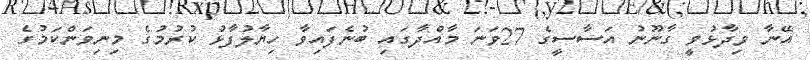
އޭނާ ވިދާޅުވީ ގާނޫނު އަސާސީގެ 27ވަނަ މާއްދާގައި ބުނެފައިވާ ހިޔާލުފާޅު ކުރުމުގެ މިނިވަންކަމުގެ